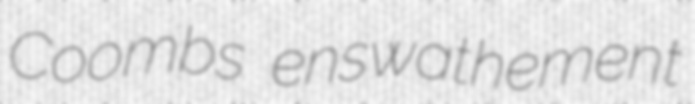
Coombs enswathement